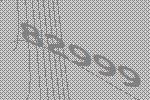
82999